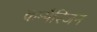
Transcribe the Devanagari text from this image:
कम्पैरिजन